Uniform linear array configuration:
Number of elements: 32
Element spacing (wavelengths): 1
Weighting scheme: blackman
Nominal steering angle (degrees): -60
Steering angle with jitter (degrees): -59.479
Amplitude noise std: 0.05
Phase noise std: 0.05

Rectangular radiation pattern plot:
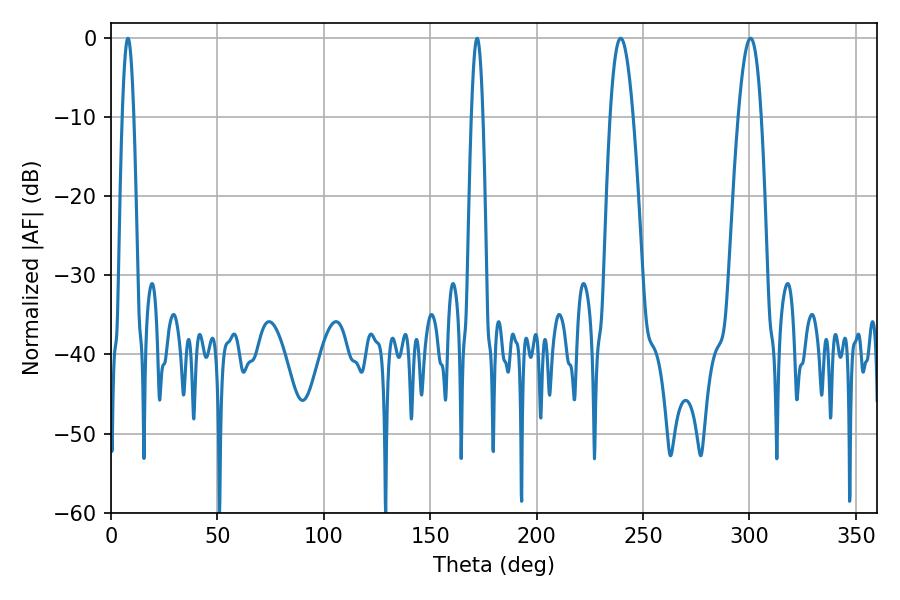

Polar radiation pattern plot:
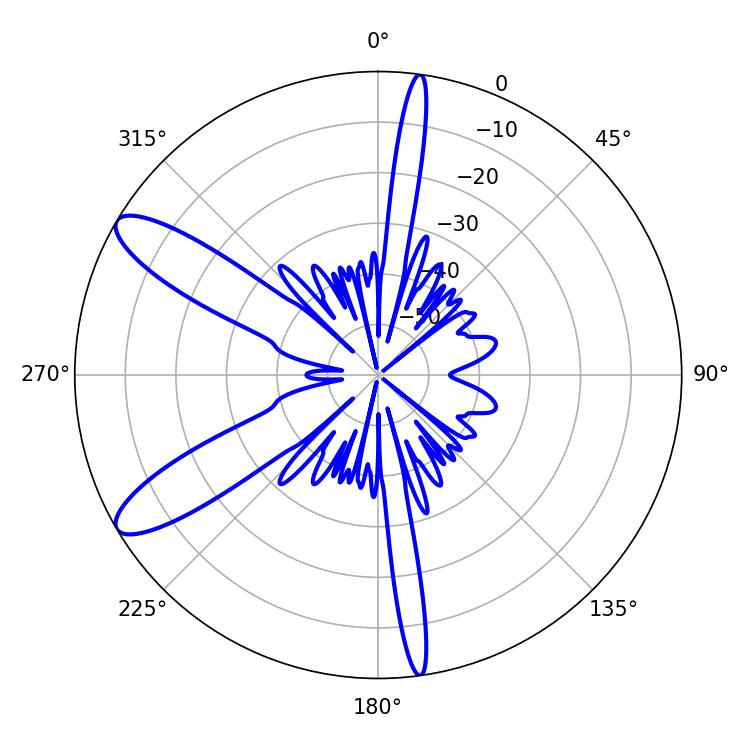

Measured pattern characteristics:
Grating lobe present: TRUE
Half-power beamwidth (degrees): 2.88
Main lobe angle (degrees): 7.92